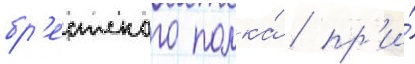
бр'естского полка́ / пр'и́